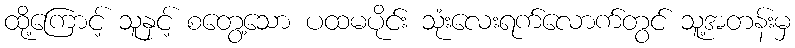
ထို့ကြောင့် သူနှင့် စတွေ့သော ပထမပိုင်း သုံးလေးရက်လောက်တွင် သူ့အတန်းမှ